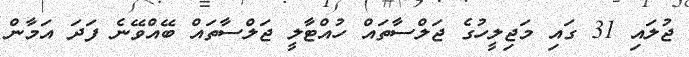
ޖުލައި 31 ގައި މަޖިލީހުގެ ޖަލްސާތައް ހުއްޓާލީ ޖަލްސާތައް ބޭއްވޭނެ ފަދަ އަމާން